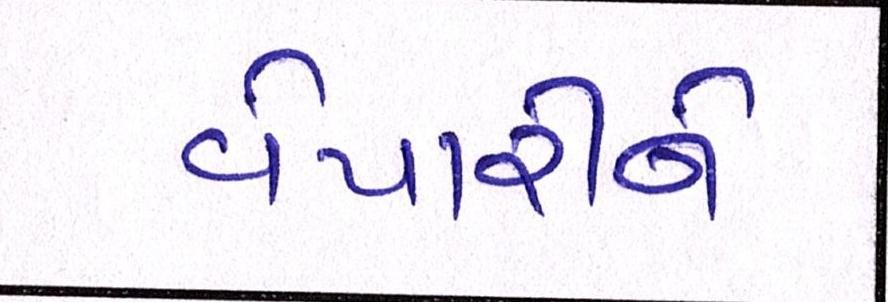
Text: વેપારીને